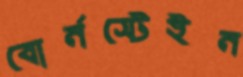
বোর্নস্টেইন